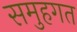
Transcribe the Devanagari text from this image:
समुहगत